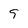
Character: 9